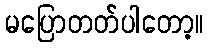
မပြောတတ်ပါတော့။